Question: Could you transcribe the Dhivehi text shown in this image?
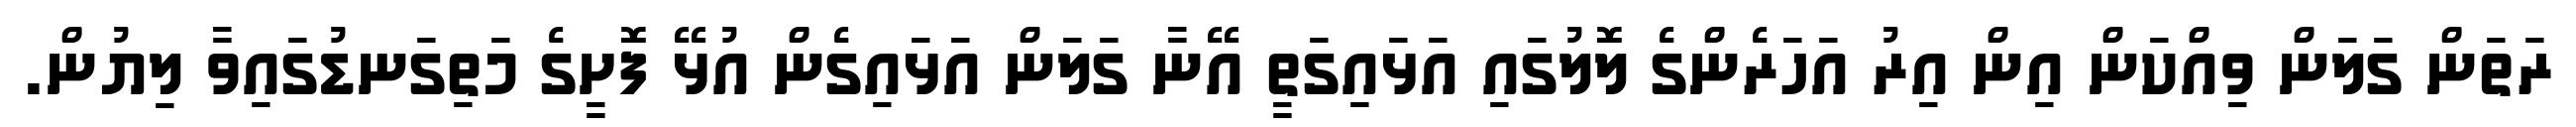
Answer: ރަތަން ގަލަން ވިއްކަން އިން އިރު އަހަރެންގެ ލޮލުގައި އަޅައިގަތީ އޭނާ ގަލަން އަޅައިގެން އުޅޭ ފޮށީގެ މަތިގަނޑުގައިވާ ލިޔުން.